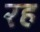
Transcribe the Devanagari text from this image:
रह॓